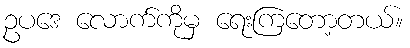
ဥပဒေ လောက်ကိုမှ ရေးကြတော့တယ်။